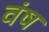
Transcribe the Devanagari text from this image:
वंष